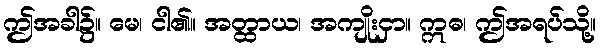
ဤအခါ၌။ မေ၊ ငါ၏။ အတ္ထာယ၊ အကျိုးငှာ။ ဣဓ၊ ဤအရပ်သို့။